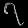
Digit: ၇